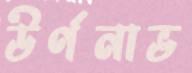
উর্ণনাভ